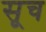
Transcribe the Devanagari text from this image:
सूच